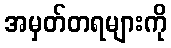
အမှတ်တရများကို